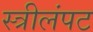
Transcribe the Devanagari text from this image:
स्त्रीलंपट